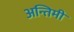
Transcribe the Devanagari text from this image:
अन्तिमी